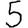
Digit: 5